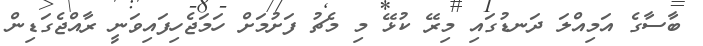
ބާސާގެ އަމިއްލަ ދަނޑުގައި މިރޭ ކުޅޭ މި މެޗު ފަށުމަށް ހަމަޖެހިފައިވަނީ ރާއްޖެގަޑިން